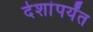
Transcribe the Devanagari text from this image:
देशांपर्यंत